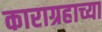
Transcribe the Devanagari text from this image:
काराग्रहाच्या